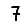
Digit: 7